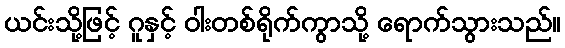
ယင်းသို့ဖြင့် ဂူနှင့် ဝါးတစ်ရိုက်ကွာသို့ ရောက်သွားသည်။